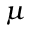
\mu